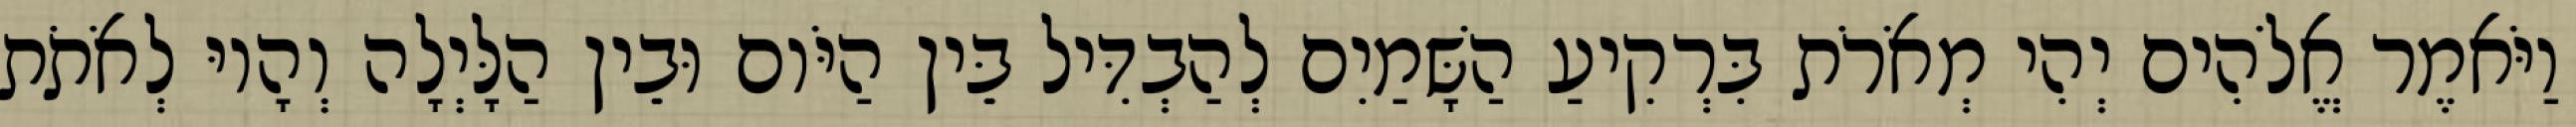
וַיֹּאמֶר אֱלֹהִים יְהִי מְאֹרֹת בִּרְקִיעַ הַשָּׁמַיִם לְהַבְדִּיל בֵּין הַיֹּום וּבֵין הַלָּיְלָה וְהָיוּ לְאֹתֹת